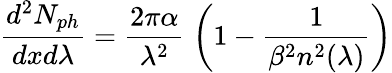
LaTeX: \frac{d^{2}N_{ph}}{dxd\lambda}=\frac{2\pi\alpha}{\lambda^{2}}\; \left(1-\frac{1}{\beta^{2}n^{2}(\lambda)}\right)